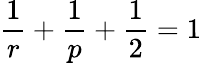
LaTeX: \frac{1}{r}+\frac{1}{p}+\frac{1}{2}=1